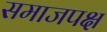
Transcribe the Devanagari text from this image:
समाजपक्ष